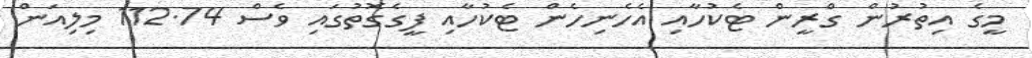
މީގެ އިތުރުން ގްރީން ޓެކުހާއި އެހެނިހެން ޓެކުހާއި ފީގެގޮތުގައި ވެސް 112.74 މިލިއަން